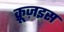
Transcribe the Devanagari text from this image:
क्रूज़इस